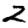
Digit: 2